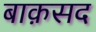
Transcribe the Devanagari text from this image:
बाक़सद